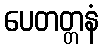
ပေတတ္တနံ